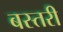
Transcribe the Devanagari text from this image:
बस्तरी